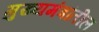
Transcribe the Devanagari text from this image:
मुख्यमंत्रांतील